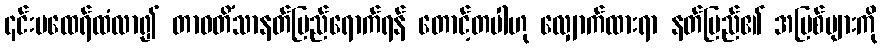
၎င်းမထေရ်ထံလာ၍ တာဝတိံသာနတ်ပြည်ရောက်ရန် တောင့်တပါဟု လျှောက်ထားရာ နတ်ပြည်၏ အပြစ်များကို